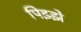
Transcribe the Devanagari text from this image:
पिझ्झे